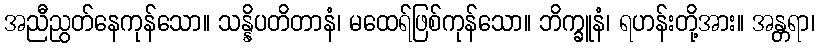
အညီညွတ်နေကုန်သော။ သန္နိပတိတာနံ၊ မထေရ်ဖြစ်ကုန်သော။ ဘိက္ခူနံ၊ ရဟန်းတို့အား။ အန္တရာ၊